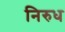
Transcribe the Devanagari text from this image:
निरुध